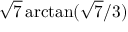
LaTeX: { \sqrt { 7 } } \arctan ( { { \sqrt { 7 } } / 3 } )